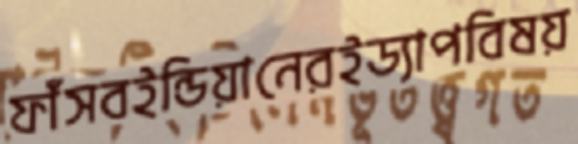
ফাঁসবইন্ডিয়ানেরইড্যাপবিষয়